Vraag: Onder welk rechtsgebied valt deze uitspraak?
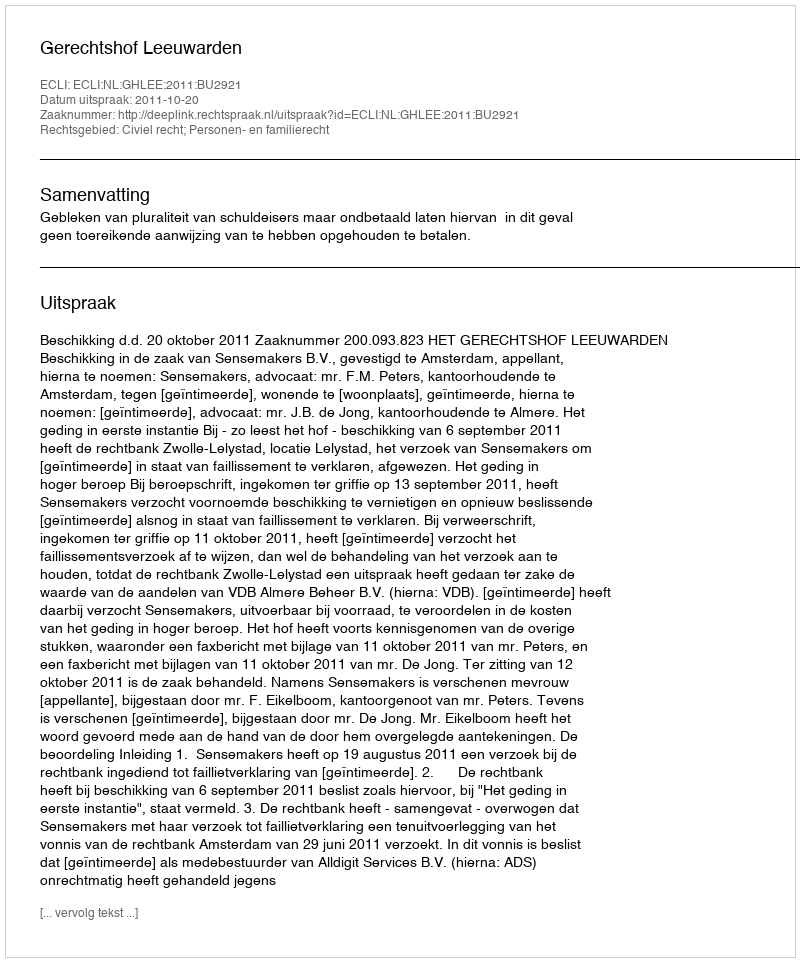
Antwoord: Civiel recht; Personen- en familierecht